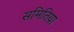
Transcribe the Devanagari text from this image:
समितिय़ा